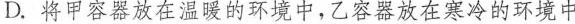
D.将甲容器放在温暖的环境中，乙容器放在寒冷的环境中